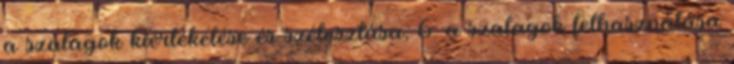
a szalagok kiértékelése és szétosztása; 6. a szalagok felhasználása